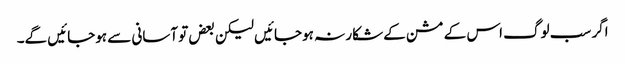
اگر سب لوگ اس کے مشن کے شکار نہ ہوجائیں لیکن بعض تو آسانی سے ہوجائیں گے۔